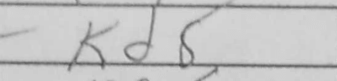
Transcription: Kd8